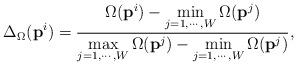
LaTeX: \begin{align*}{\Delta_\Omega}({\textbf{p}}^i) = \frac{{\Omega({\textbf{p}}^i) - \mathop {\min }\limits_{j = 1, \cdots ,W}\Omega({\textbf{p}}^j)}}{{\mathop {\max }\limits_{j = 1, \cdots ,W}\Omega({\textbf{p}}^j) - \mathop {\min}\limits_{j = 1, \cdots ,W}\Omega({\textbf{p}}^j)}},\end{align*}